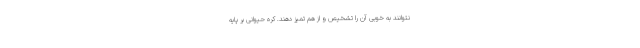
نتوانند به خوبی آن را تشخیص و از هم تمیز دهند. کره حیوانی بر پایه